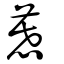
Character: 慕